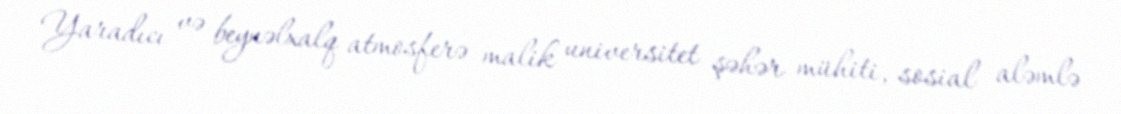
Yaradıcı və beynəlxalq atmosferə malik universitet şəhər mühiti, sosial aləmlə